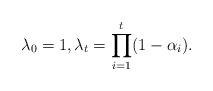
LaTeX: \begin{align*}\lambda_0=1, \lambda_t=\prod_{i=1}^{t}(1-\alpha_i).\end{align*}